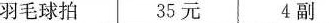
羽毛球拍 35元 4副